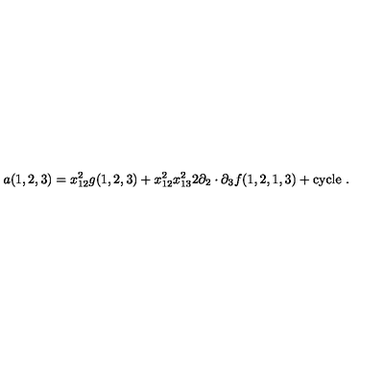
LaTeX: a ( 1 , 2 , 3 ) = x _ { 1 2 } ^ { 2 } g ( 1 , 2 , 3 ) + x _ { 1 2 } ^ { 2 } x _ { 1 3 } ^ { 2 } 2 \partial _ { 2 } \cdot \partial _ { 3 } f ( 1 , 2 , 1 , 3 ) + \mathrm { c y c l e } \ .